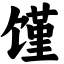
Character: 馑